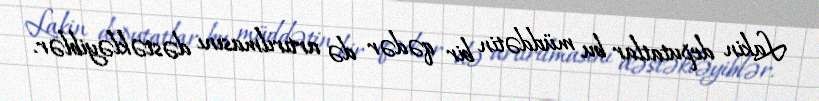
Lakin deputatlar bu müddətin bir qədər də artırılmasını dəstəkləyiblər.